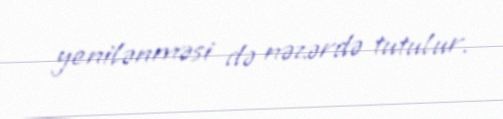
yenilənməsi də nəzərdə tutulur.